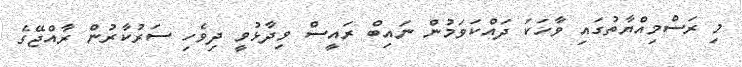
މި ރަސްމިއްޔާތުގައި ވާހަކަ ދައްކަވަމުން ނައިބް ރައީސް ވިދާޅުވީ ދިވެހި ސަރުކާރުން ރާއްޖޭގެ